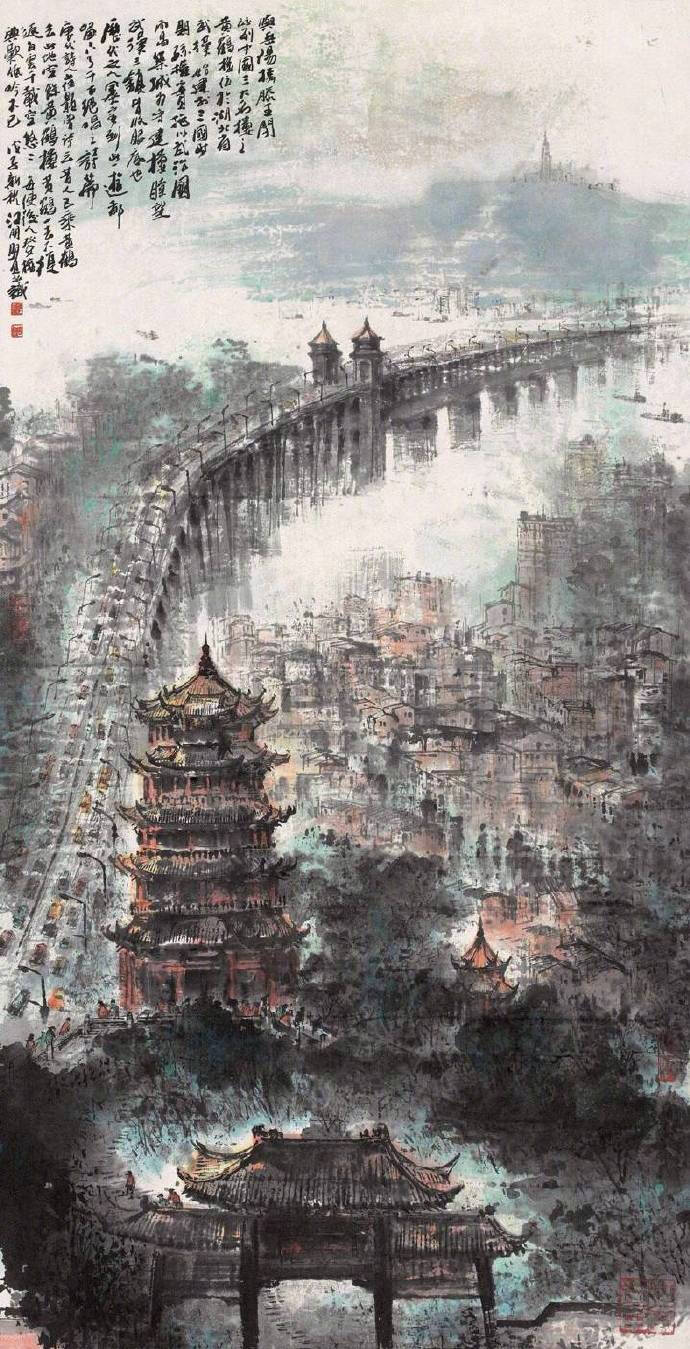
叹江山如故，千村寥落。